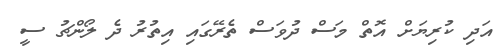
އަދި ކުރިޔަށް އޮތް މަސް ދުވަސް ތެރޭގައި އިތުރު ދެ ލޯންޗު ސީ